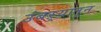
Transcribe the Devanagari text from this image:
उंबऱ्यातून